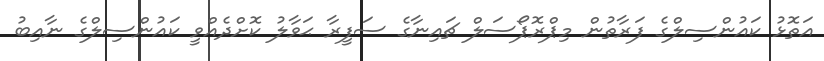
އަތޮޅު ކައުންސިލްގެ ފަރާތުން މިޕްރޮޕޯސަލް ޗައިނާގެ ސަފީރާ ޙަވާލު ކޮށްދެއްވީ ކައުންސިލްގެ ނާއިބު